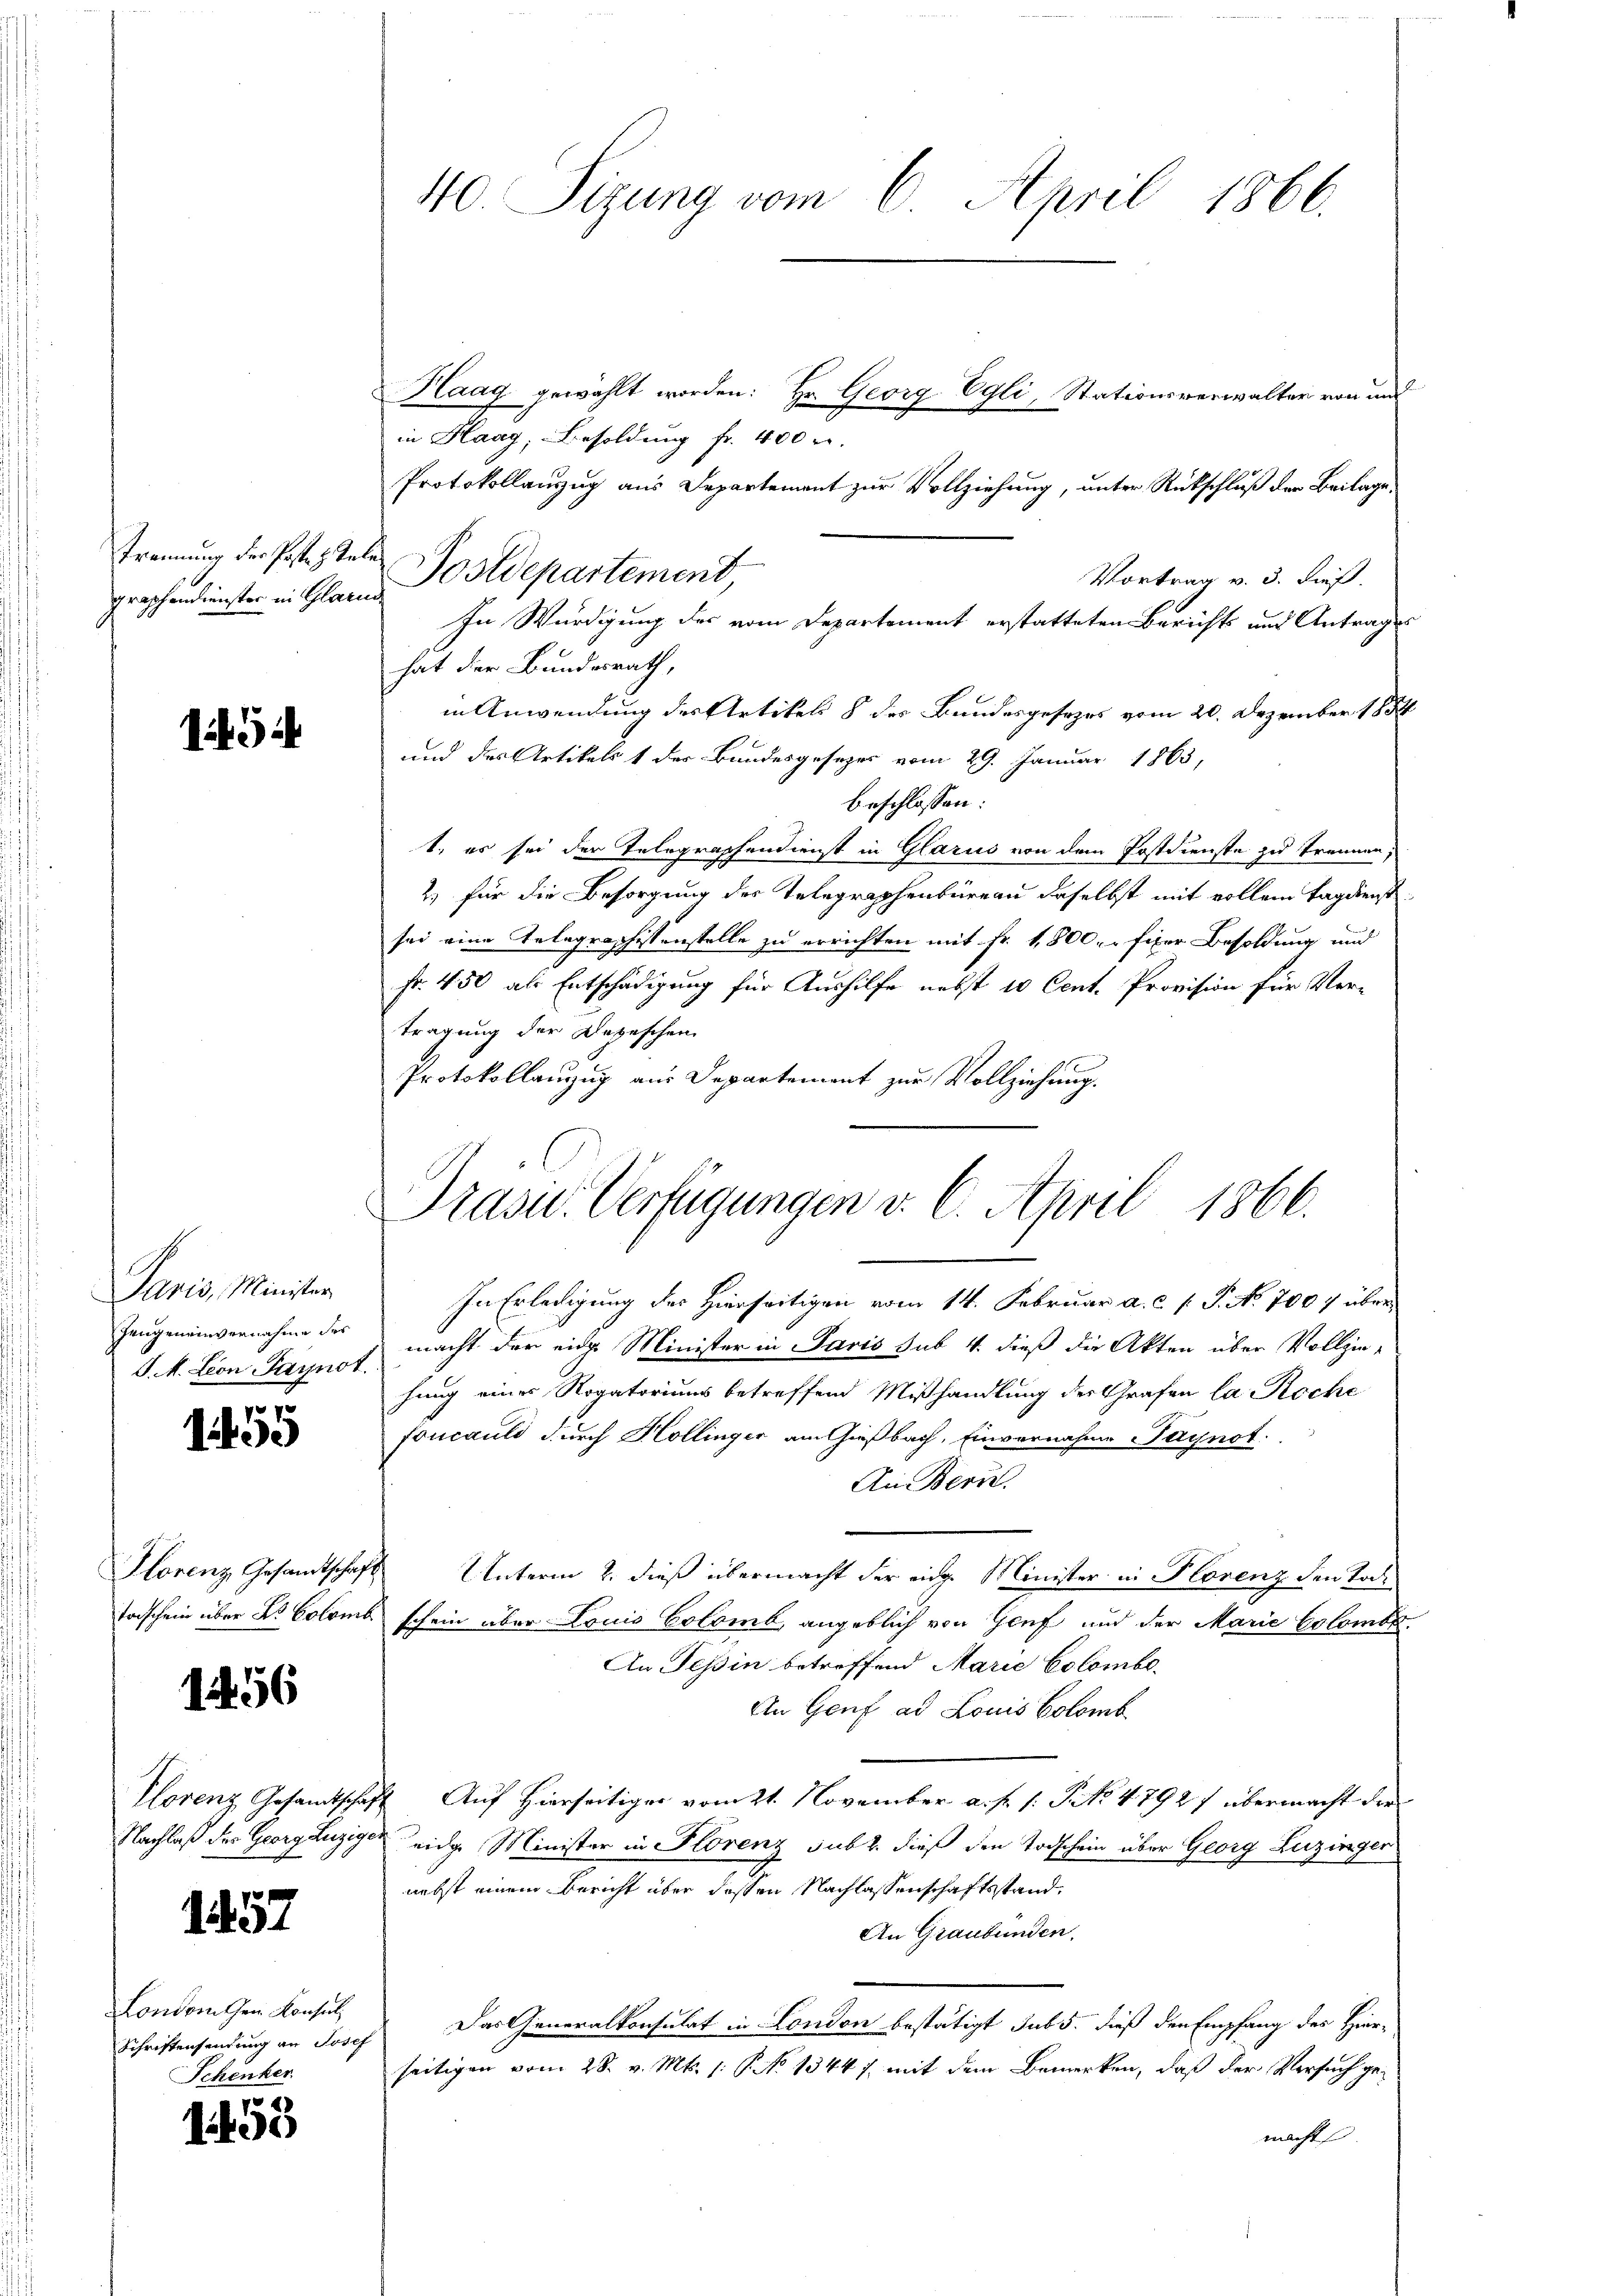
trennung der Poste z. Te
graphendienster in Glarus

i

Paris, Minister
Zeugeneinvernahme des
J.M. Leon Paynor

1455

Hlorenz Gesamtschaf
Forschein über Dr. Colonis

1456

Clorenz Gesandtsch
Nachlaß der Georg Luzig

157

London den Konsul
Schriftensendung an Jose
Schenker.

1453

40. Sizung vom 6. April 1866.

Haag gewählt worden: Hr. Georg Egli, Stationsverwalter von und
in Haag, Besoldung fr. 400 l.
Protokollanzug aus Departement zur Vollziehung, unter Rückschluß der Beilage¬
Postdepartement
Vortrag v. 3. dieß.
In Würdigung des vom Departement erstatteten Berichts und Antrages
hat der Bundesrath,
in Anwendung der Artikel 8 des Bundesgesezes vom 20. Dezember 1884
und das Artikels 1 der Bundesgesezes vom 29. Januar 1863,
beschlossen:
t, es sei der Telegraphendienst in Glarus von dem Postdienste zu trennen;
2.) für die Besorgung des Telegraphenbüreau daselbst mit vollem Tagdienst
sei eine Telegraphistenstelle zu errichten mit Fr. 1,800. u fixer Besoldung und
fr. 450 als Entschädigung für Aushilfe nebst 10 Cent. Provision für Ver-
tragung der Depeschen.
Protokollanzug aus Departement zur Vollziehung.
In Erledigung des Hierseitigen vom 14. Februar a. c. l. J. N. 1007 übermacht der eine Minister in Paris sub 4. dieß die Akten über Vollzie-
hung eines Rogatoriums betreffend Mißhandlung des Grafen la Roche
foncauld durch Hollinger am Gießbach, Einvernahme eynot.
An Bern.
s
Unterm 2. dieß übermacht der eige Minister in Florenz den Tod.
& schein über Louis Colomb, angeblich von Genf und der Marie Colombr.
An Tessin betreffend Marie Colombe-
An Genf ad Louis Colomb
4. Auf Hierseitiger vom 21. November a. f. 1. No 4792f übermacht der
ee eidge Minister in Florenz subt dieß den Todschein über Georg Luzinger
nebst einem Bericht über dessen Nachlassenschaftsstand¬
An Graubünden.
Das Generalkonsulat in London bestätigt sub 5. dieß den Empfang des Hier-
seitigen vom 28. v. Mts. 1. P. No 1344 f. mit dem Bemerken, daß der Versuch ge-
macht

Präsid.. Verfügungen v. 6. April 1866.